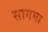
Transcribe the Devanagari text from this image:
सागमा